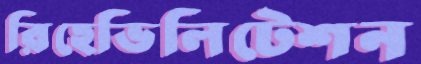
রিহেভিলিটেশন